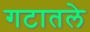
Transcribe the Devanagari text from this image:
गटातले